Indian journal of veterinary science and animal husbandry - Volumes 24-25, 1954-1955
Year: 1954
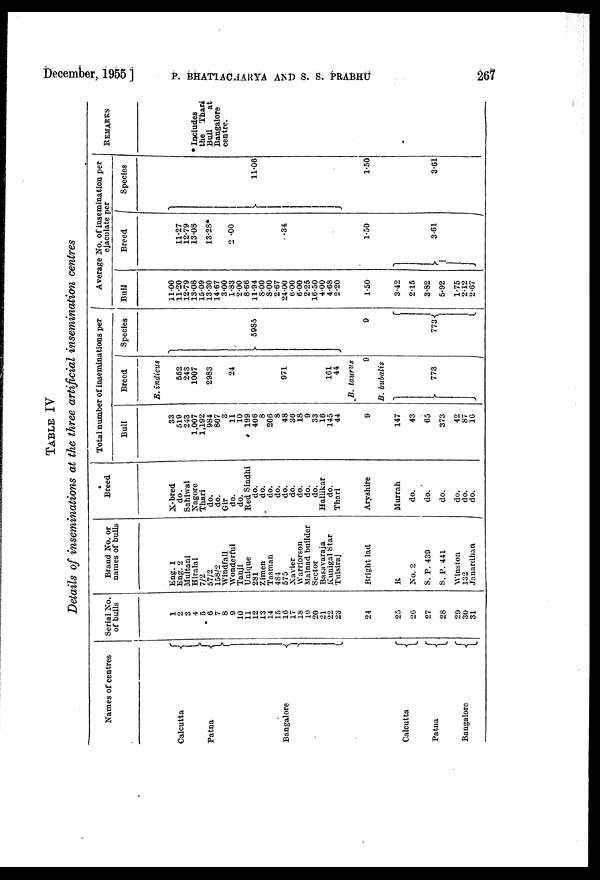
December, 1955 ] P. BHATTACHARYA AND S. S. PRABHU 267
TABLE
IV
Details of inseminations at the three artificial insemination centres
Names of centres
Calcutta
Patna
Bangalore
Calcutta
Patna
Bangalore
Serial No.
of bulls
1
2
3
4
5
6
7
8
9
10
11
12
13
14 15
16
17
18
19
20
21
22
23
24
25
26
27
28
29
30
31
Brand No. or
names of bulls
Eng. 1
Eng. 2
Multani
Hiralal
7/2
57/2
158/2
Windfall
Wonderful
Tanji
Unique
281
Zimen
Tasman
484
575
Xavier
Warriorson
Malnad builder
Sector
Basavaraja
Kunigal Star
Tulsiraj
Bright lad
R
No. 2
S. P. 439
S. P. 441
Winston
132
Janardhan
Breed
X-bred
do.
Sahiwal
Nagore
Thari
do.
do.
Gir
do.
do.
Bed Sindhi
do.
do.
do.
do.
do.
do.
do.
do.
do.
Hallikar
do.
Thari
Aryshire
Murrah
do.
do.
do.
do.
do.
do.
Total number of inseminations per
Bull
33
519
243
1,007
1,192
984
807
3
11
10
199
406
8
206
8
48
36
18
9
33
16
145
44
9
147
43
65
373
42
87
16
Breed
B. indicus
552
243
1007
2983
24
971
161
44
B. taurus
9
B. bubalis
773
Species
5985
9
773
Average No. of insemination per
Bull
11.00
11.20
12.79
13.08
15.09
13.30
14.67
3.00
1.83
2.00
8.66
11.94
8.00
8.00
2.67
24.00
6.00
6.00
2.25
16.50
4.00
4.68
2.20
1.50
3.42
2.15
3.82
5.92
1.75
2.12
2.67
Breed
11.27
12.79
13.08
13.28*
2 .00
34
1.50
3.61
Species
11.06
1.50
3.61
REMARKS
* Includes
the Thari
Bull
at
Bangalore
centre.